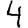
Digit: 4